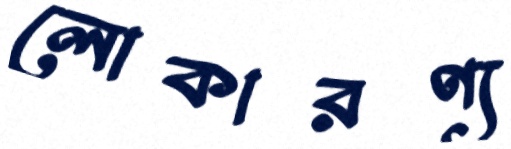
লোকারণ্য